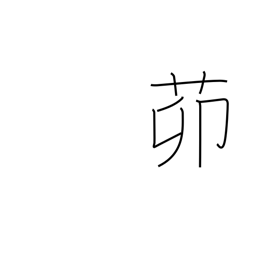
Meaning: yard